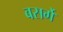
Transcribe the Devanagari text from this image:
बसर्गे